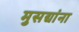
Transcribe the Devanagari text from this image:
मुसद्यांना